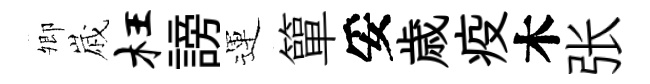
𡖖𡻕枉謗運簞妥歳疫木张